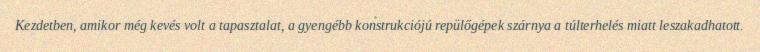
Kezdetben, amikor még kevés volt a tapasztalat, a gyengébb konstrukciójú repülőgépek szárnya a túlterhelés miatt leszakadhatott.